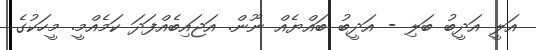
އަލީ އަދީބު ބަލި - އަދީބު ބައްޔެއް ނޫން. އަޖައިބެއްފަދަ ކަމެއްމީ. މީހަކުގެ